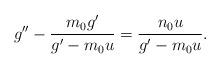
LaTeX: \begin{align*}g^{\prime \prime }-\frac{m_{0}g^{\prime }}{g^{\prime }-m_{0}u}=\frac{n_{0}u}{g^{\prime }-m_{0}u}. \end{align*}